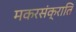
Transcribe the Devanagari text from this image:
मकरसंक्राति